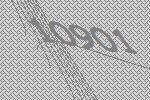
10901